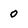
Character: 0